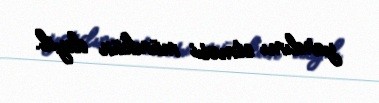
yardımı etməsi mümkün deyil.